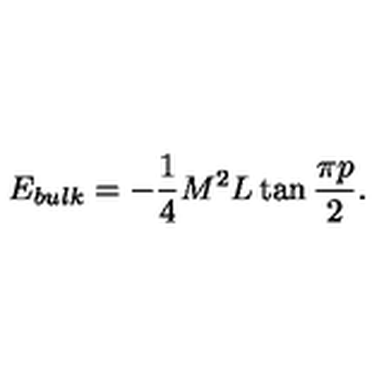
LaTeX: E _ { b u l k } = - \displaystyle \frac { 1 } { 4 } M ^ { 2 } L \tan \displaystyle \frac { \pi p } { 2 } .